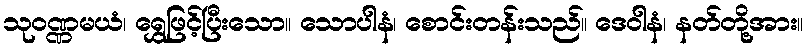
သုဝဏ္ဏမယံ၊ ရွှေဖြင့်ပြီးသော။ သောပါနံ၊ စောင်းတန်းသည်။ ဒေဝါနံ၊ နတ်တို့အား။